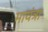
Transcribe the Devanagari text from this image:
मायंत्रा